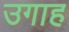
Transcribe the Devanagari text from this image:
उगाह